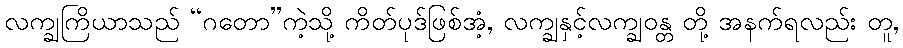
လက္ချကြိယာသည် “ဂတော”ကဲ့သို့ ကိတ်ပုဒ်ဖြစ်အံ့, လက္ချနှင့်လက္ချဝန္တ တို့ အနက်ရလည်း တူ,